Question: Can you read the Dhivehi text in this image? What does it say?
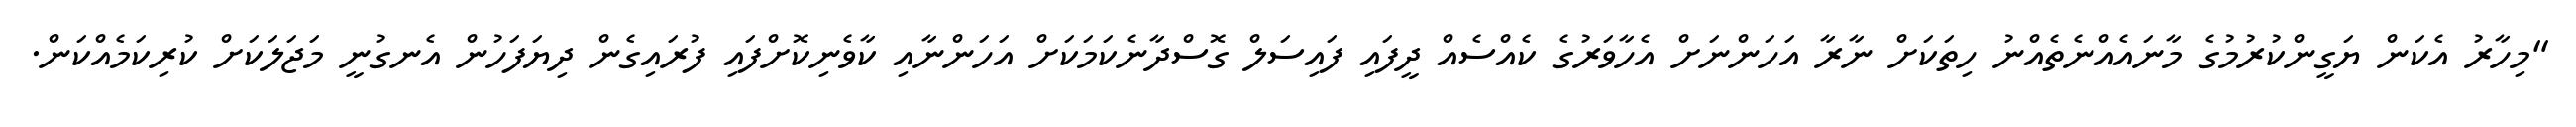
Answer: "މިހާރު އެކަން ޔަގީންކުރުމުގެ މާނައެއްނެތެއްނު ހިތަކަށް ނާރާ އަހަންނަށް އެހާވަރުގެ ކެއްސެއް ދީފައި ފައިސަލް ގޮސްދާނެކަމަކަށް އަހަންނާއި ކާވެނިކޮށްފައި ފުރައިގެން ދިޔަފަހުން އެނގުނީ މަޖަލަކަށް ކުރިކަމެއްކަން.